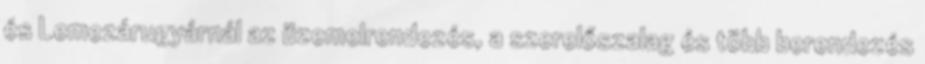
és Lemezárugyárnál az üzemelrendezés, a szerelőszalag és több berendezés